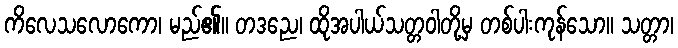
ကိလေသလောကော၊ မည်၏။ တဒညေ၊ ထိုအပါယ်သတ္တဝါတို့မှ တစ်ပါးကုန်သော။ သတ္တာ၊